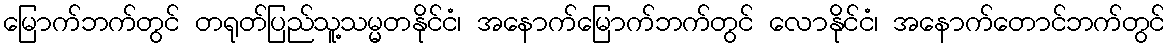
မြောက်ဘက်တွင် တရုတ်ပြည်သူ့သမ္မတနိုင်ငံ၊ အနောက်မြောက်ဘက်တွင် လောနိုင်ငံ၊ အနောက်တောင်ဘက်တွင်